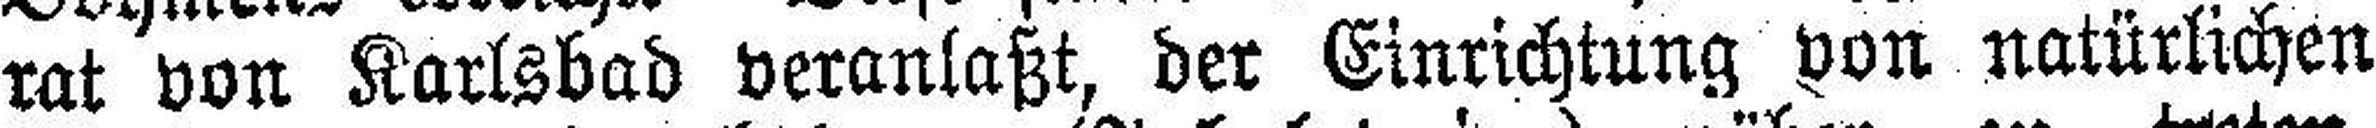
rat von Karlsbad veranlaßt, der Einrichtung von natürlichen